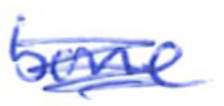
Text: bone
Cross-out: scratch
Writing tool: ballpoint